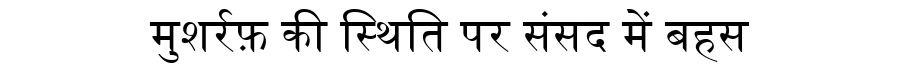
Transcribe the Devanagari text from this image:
मुशर्रफ़ की स्थिति पर संसद में बहस